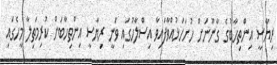
ރިޔާސީ އިންތިހާބުގެ ގާނޫނަށް ހުށަހަޅުއްވާފައިވާ އިސްލާހުގައި ވަނީ ރިޔާސީ އިންތިހާބަށް ކުރިމަތިލާ މީހެގައި